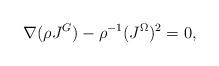
LaTeX: \begin{align*}\nabla (\rho J^G) - \rho ^{-1}(J^{\Omega})^2 = 0,\end{align*}